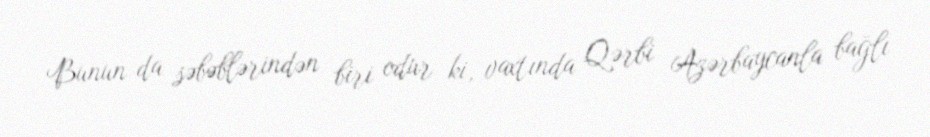
Bunun da səbəblərindən biri odur ki, vaxtında Qərbi Azərbaycanla bağlı